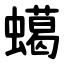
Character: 䗶